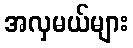
အလှမယ်များ